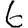
Digit: 6